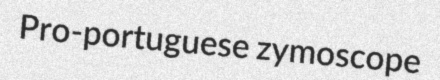
Pro-portuguese zymoscope